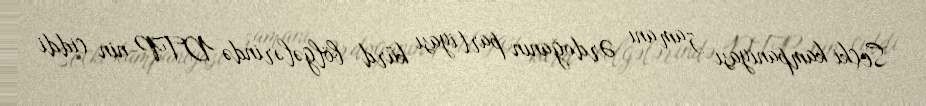
Seçki kampaniyası zamanı Ərdoğanın partiyası kürd bölgələrində DTP-nin ciddi